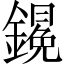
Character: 𨬋